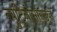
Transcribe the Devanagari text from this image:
न्युट्रिनोसारख्या